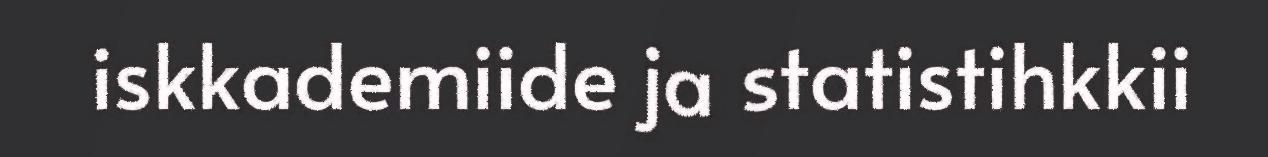
iskkademiide ja statistihkkii